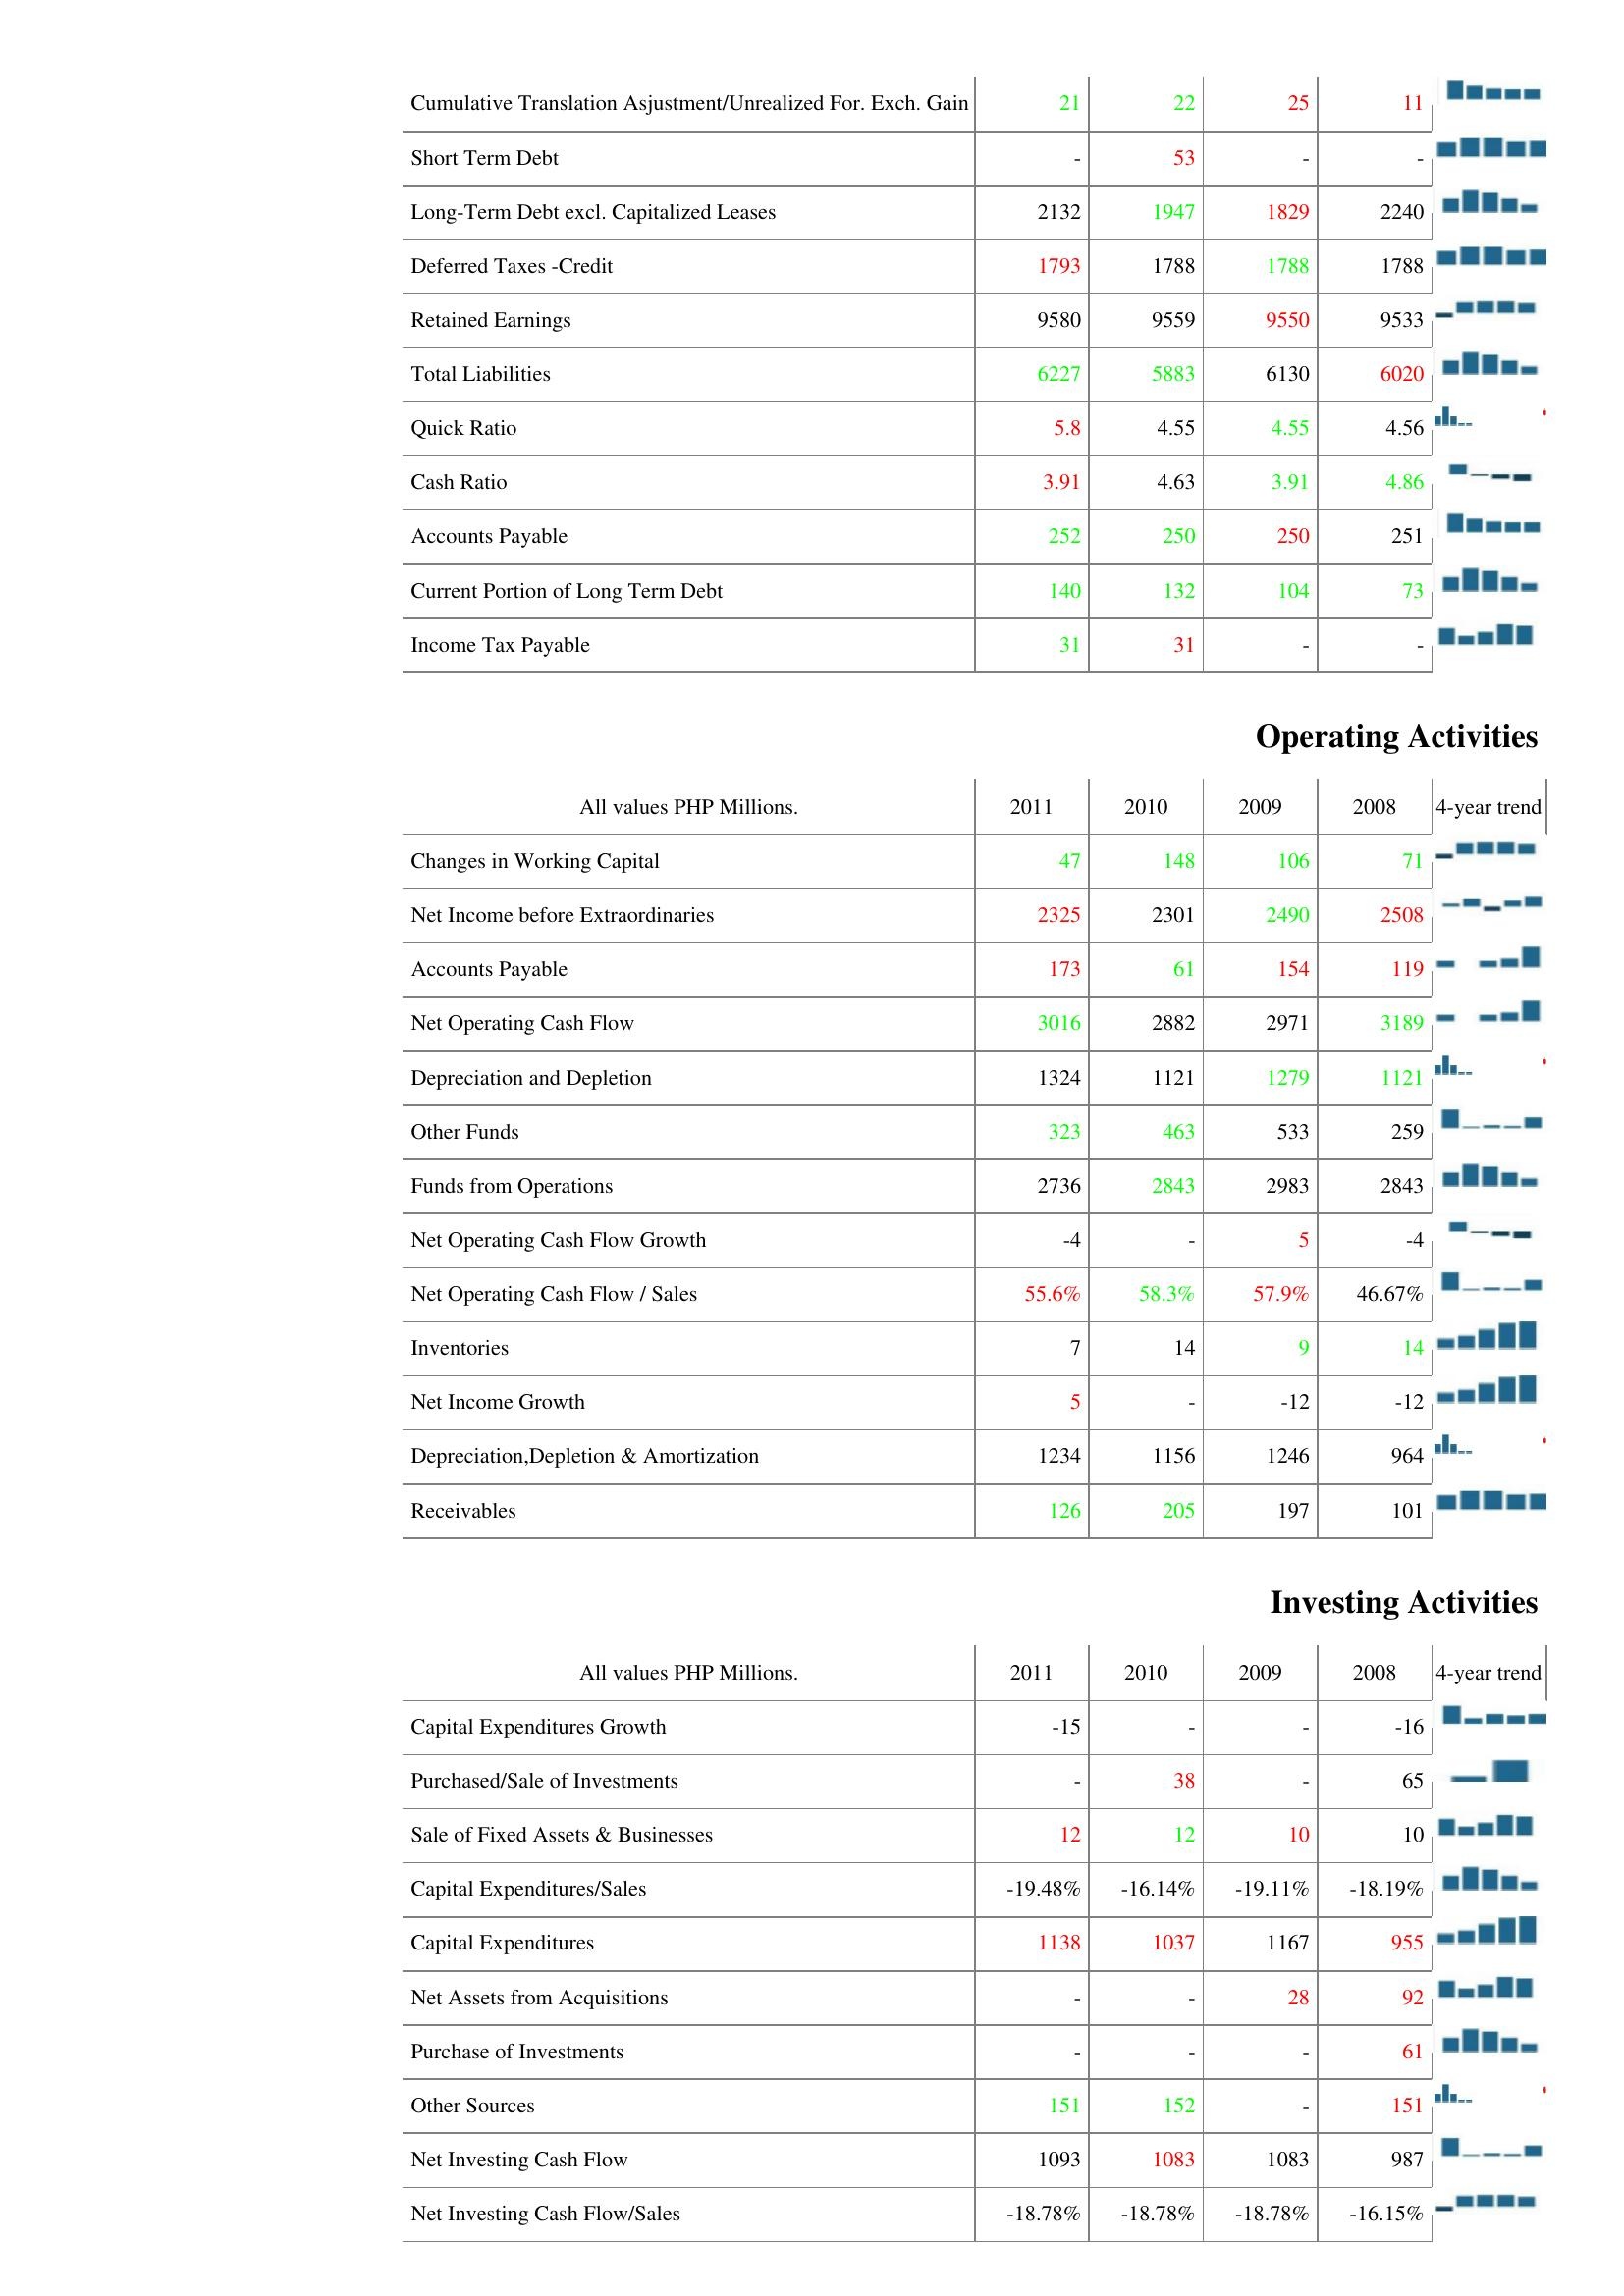
2011: Liabilities & Shareholder's Equity: Cumulative Translation Asjustment/Unrealized For. Exch. Gain: 21
Short Term Debt: -
Long-Term Debt excl. Capitalized Leases: 2132
Deferred Taxes -Credit: 1793
Retained Earnings: 9580
Total Liabilities: 6227
Quick Ratio: 5.8
Cash Ratio: 3.91
Accounts Payable: 252
Current Portion of Long Term Debt: 140
Income Tax Payable: 31
Operating Activities: Changes in Working Capital: 47
Net Income before Extraordinaries: 2325
Accounts Payable: 173
Net Operating Cash Flow: 3016
Depreciation and Depletion: 1324
Other Funds: 323
Funds from Operations: 2736
Net Operating Cash Flow Growth: -4
Net Operating Cash Flow / Sales: 55.6%
Inventories: 7
Net Income Growth: 5
Depreciation,Depletion & Amortization: 1234
Receivables: 126
Investing Activities: Capital Expenditures Growth: -15
Purchased/Sale of Investments: -
Sale of Fixed Assets & Businesses: 12
Capital Expenditures/Sales: -19.48%
Capital Expenditures: 1138
Net Assets from Acquisitions: -
Purchase of Investments: -
Other Sources: 151
Net Investing Cash Flow: 1093
Net Investing Cash Flow/Sales: -18.78%
2010: Liabilities & Shareholder's Equity: Cumulative Translation Asjustment/Unrealized For. Exch. Gain: 22
Short Term Debt: 53
Long-Term Debt excl. Capitalized Leases: 1947
Deferred Taxes -Credit: 1788
Retained Earnings: 9559
Total Liabilities: 5883
Quick Ratio: 4.55
Cash Ratio: 4.63
Accounts Payable: 250
Current Portion of Long Term Debt: 132
Income Tax Payable: 31
Operating Activities: Changes in Working Capital: 148
Net Income before Extraordinaries: 2301
Accounts Payable: 61
Net Operating Cash Flow: 2882
Depreciation and Depletion: 1121
Other Funds: 463
Funds from Operations: 2843
Net Operating Cash Flow Growth: -
Net Operating Cash Flow / Sales: 58.3%
Inventories: 14
Net Income Growth: -
Depreciation,Depletion & Amortization: 1156
Receivables: 205
Investing Activities: Capital Expenditures Growth: -
Purchased/Sale of Investments: 38
Sale of Fixed Assets & Businesses: 12
Capital Expenditures/Sales: -16.14%
Capital Expenditures: 1037
Net Assets from Acquisitions: -
Purchase of Investments: -
Other Sources: 152
Net Investing Cash Flow: 1083
Net Investing Cash Flow/Sales: -18.78%
2009: Liabilities & Shareholder's Equity: Cumulative Translation Asjustment/Unrealized For. Exch. Gain: 25
Short Term Debt: -
Long-Term Debt excl. Capitalized Leases: 1829
Deferred Taxes -Credit: 1788
Retained Earnings: 9550
Total Liabilities: 6130
Quick Ratio: 4.55
Cash Ratio: 3.91
Accounts Payable: 250
Current Portion of Long Term Debt: 104
Income Tax Payable: -
Operating Activities: Changes in Working Capital: 106
Net Income before Extraordinaries: 2490
Accounts Payable: 154
Net Operating Cash Flow: 2971
Depreciation and Depletion: 1279
Other Funds: 533
Funds from Operations: 2983
Net Operating Cash Flow Growth: 5
Net Operating Cash Flow / Sales: 57.9%
Inventories: 9
Net Income Growth: -12
Depreciation,Depletion & Amortization: 1246
Receivables: 197
Investing Activities: Capital Expenditures Growth: -
Purchased/Sale of Investments: -
Sale of Fixed Assets & Businesses: 10
Capital Expenditures/Sales: -19.11%
Capital Expenditures: 1167
Net Assets from Acquisitions: 28
Purchase of Investments: -
Other Sources: -
Net Investing Cash Flow: 1083
Net Investing Cash Flow/Sales: -18.78%
2008: Liabilities & Shareholder's Equity: Cumulative Translation Asjustment/Unrealized For. Exch. Gain: 11
Short Term Debt: -
Long-Term Debt excl. Capitalized Leases: 2240
Deferred Taxes -Credit: 1788
Retained Earnings: 9533
Total Liabilities: 6020
Quick Ratio: 4.56
Cash Ratio: 4.86
Accounts Payable: 251
Current Portion of Long Term Debt: 73
Income Tax Payable: -
Operating Activities: Changes in Working Capital: 71
Net Income before Extraordinaries: 2508
Accounts Payable: 119
Net Operating Cash Flow: 3189
Depreciation and Depletion: 1121
Other Funds: 259
Funds from Operations: 2843
Net Operating Cash Flow Growth: -4
Net Operating Cash Flow / Sales: 46.67%
Inventories: 14
Net Income Growth: -12
Depreciation,Depletion & Amortization: 964
Receivables: 101
Investing Activities: Capital Expenditures Growth: -16
Purchased/Sale of Investments: 65
Sale of Fixed Assets & Businesses: 10
Capital Expenditures/Sales: -18.19%
Capital Expenditures: 955
Net Assets from Acquisitions: 92
Purchase of Investments: 61
Other Sources: 151
Net Investing Cash Flow: 987
Net Investing Cash Flow/Sales: -16.15%